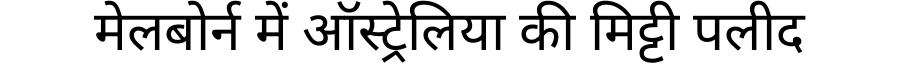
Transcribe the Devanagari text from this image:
मेलबोर्न में ऑस्ट्रेलिया की मिट्टी पलीद